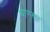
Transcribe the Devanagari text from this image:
बाणसुर